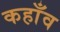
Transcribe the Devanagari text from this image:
कहाँव